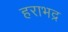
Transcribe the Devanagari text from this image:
हराभद्र